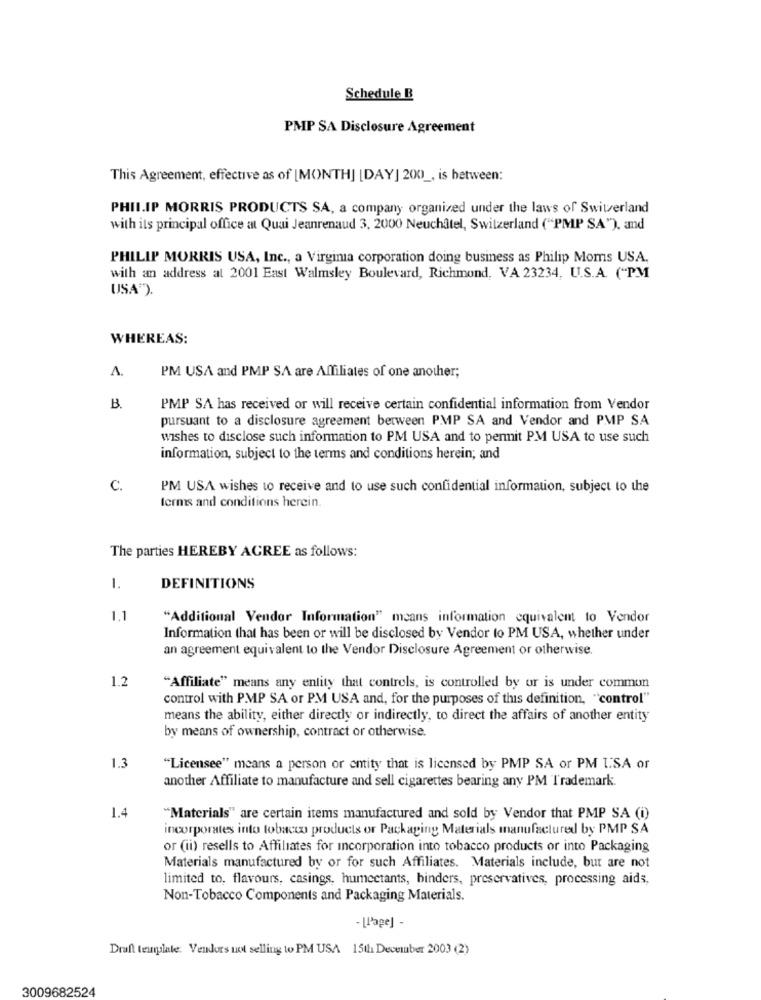
Schedule B
PMP SA Disclosure Agreement
This Agreement, effective as of [MONTH] [DAY] 200 _, is between:
PHILIP MORRIS PRODUCTS SA, a company organized under the laws of Switzerland
with its principal office at Quai Jeanrenaud 3, 2000 Neuchâtel, Switzerland ("PMP SA"), and
PHILIP MORRIS USA, Inc ., a Virginia corporation doing business as Philip Moms USA.
with an address at 2001 East Walmsley Boulevard, Richmond, VA 23234, U.S.A. ("PM
USA").
WHEREAS:
PM USA and PMP SA are Affiliates of one another;
A.
B.
PMP SA has received or will receive certain confidential information from Vendor
pursuant to a disclosure agreement between PMP SA and Vendor and PMP SA
wishes to disclose such information to PM USA and to permit PM USA to use such
information, subject to the terms and conditions herein; and
C.
PM USA wishes to receive and to use such confidential information, subject to the
terms and conditions herein.
The parties HEREBY ACREE as follows:
1.
DEFINITIONS
1.1
"Additional Vendor Information" means information equivalent to Vendor
Information that has been or will be disclosed by Vendor to PM USA, whether under
an agreement equivalent to the Vendor Disclosure Agreement or otherwise.
1.2
"Affiliate" means any entity that controls, is controlled by or is under commun
control with PMP SA or PM USA and, for the purposes of this definition, "control"
means the ability, either directly or indirectly, to direct the affairs of another entity
by means of ownership, contract or otherwise.
1.3
"Licensee" means a person or entity that is licensed by PMP SA or PM USA or
another Affiliate to manufacture and sell cigarettes bearing any PM Trademark.
1.4
"Materials" are certain items manufactured and sold by Vendor that PMP SA (i)
incorporates into tobacco products or Packaging Materials manufactured by PMP SA
or (ii) resells to Affiliates for incorporation into tobacco products or into Packaging
Materials manufactured by or for such Affiliates. Materials include, but are not
limited to, flavours, casings, humectants, binders, preservatives, processing aids,
Non-Tobacco Components and Packaging Materials.
- [Page] -
Draft template. Vendors not selling to PM USA 15th December 2003 (2)
3009682524